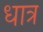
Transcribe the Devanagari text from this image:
धात्र